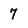
Character: 7